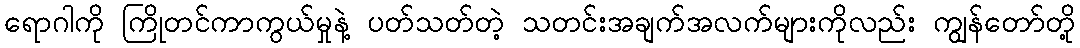
ရောဂါကို ကြိုတင်ကာကွယ်မှုနဲ့ ပတ်သတ်တဲ့ သတင်းအချက်အလက်များကိုလည်း ကျွန်တော်တို့